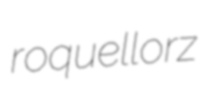
roquellorz